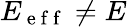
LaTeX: E_{\mathrm{~e~f~f~}}\neq E